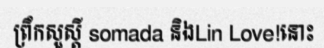
ព្រឹកសួស្តី somada និងLin Love!នោះ